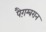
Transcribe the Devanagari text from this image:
पैग़म्बरान